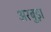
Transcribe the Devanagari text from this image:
अरबुड़ा